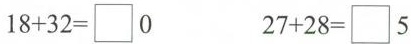
$$1 8 + 3 2 = \Box 0$$ $$2 7 + 2 8 = \Box 5$$